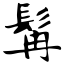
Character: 髯